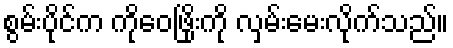
စွမ်းပိုင်က ကိုဝေဖြိုးကို လှမ်းမေးလိုက်သည်။